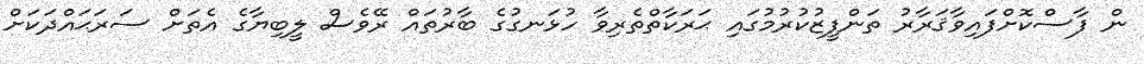
ން ފާސްކޮށްފައިވާޤަރާރު ތަންފީޒުކުރުމުގައި ޙަރަކާތްތެރިވާ ހުޅަނގުގެ ބާރުތައް ރޭވެސް ލީބިޔާގެ އެތަށް ސަރަޙައްދަކަށް